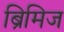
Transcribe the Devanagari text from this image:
ब्रिमिज